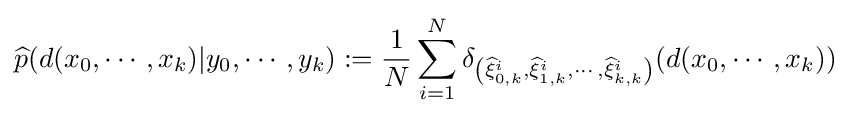
{\widehat {p}}(d(x_{0},\cdots ,x_{k})|y_{0},\cdots ,y_{k}):={\frac {1}{N}}\sum _{i=1}^{N}\delta _{\left({\widehat {\xi }}_{0,k}^{i},{\widehat {\xi }}_{1,k}^{i},\cdots ,{\widehat {\xi }}_{k,k}^{i}\right)}(d(x_{0},\cdots ,x_{k}))